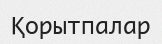
Қорытпалар